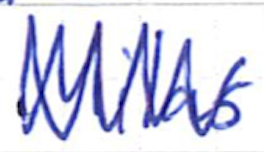
Text: Milas
Cross-out: zig-zag
Writing tool: ballpoint